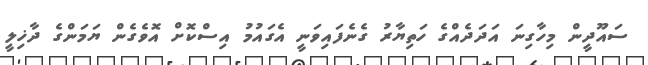
ސައޫދީން މިހާގިނަ އަދަދެއްގެ ހަތިޔާރު ގެނެފައިވަނީ އެގައުމު އިސްކޮށް އޮވެގެން ޔަމަންގެ ދާޚިލީ